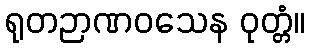
ရုတဉာဏဝသေန ဝုတ္တံ။